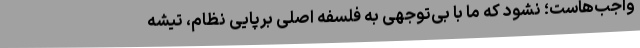
واجب‌هاست؛ نشود که ما با بی‌توجهی به فلسفه اصلی برپایی نظام، تیشه